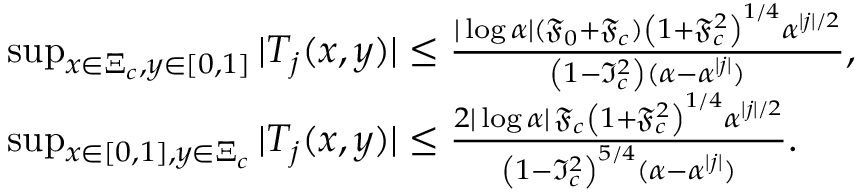
\begin{array} { r l } & { \operatorname* { s u p } _ { x \in \Xi _ { c } , y \in [ 0 , 1 ] } | T _ { j } ( x , y ) | \leq \frac { | \log \alpha | ( \mathfrak { F } _ { 0 } + \mathfrak { F } _ { c } ) \left( 1 + \mathfrak { F } _ { c } ^ { 2 } \right) ^ { 1 / 4 } \alpha ^ { | j | / 2 } } { \left( 1 - \mathfrak { I } _ { c } ^ { 2 } \right) ( \alpha - \alpha ^ { | j | } ) } , } \\ & { \operatorname* { s u p } _ { x \in [ 0 , 1 ] , y \in \Xi _ { c } } | T _ { j } ( x , y ) | \leq \frac { 2 | \log \alpha | \, \mathfrak { F } _ { c } \left( 1 + \mathfrak { F } _ { c } ^ { 2 } \right) ^ { 1 / 4 } \alpha ^ { | j | / 2 } } { \left( 1 - \mathfrak { I } _ { c } ^ { 2 } \right) ^ { 5 / 4 } ( \alpha - \alpha ^ { | j | } ) } . } \end{array}